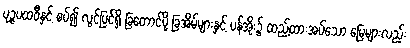
ပုဉ္ဇပထဝီနှင့် စပ်၍ လွင်ပြင်ရှိ ခြတောင်ပို့ ခြအိမ်များနှင့် ပန်အိုး၌ ထည့်ထားအပ်သော မြေများလည်း